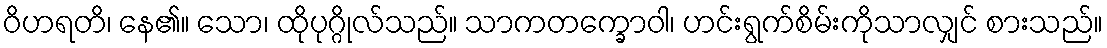
ဝိဟရတိ၊ နေ၏။ သော၊ ထိုပုဂ္ဂိုလ်သည်။ သာကတက္ခောဝါ၊ ဟင်းရွက်စိမ်းကိုသာလျှင် စားသည်။